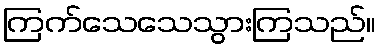
ကြက်သေသေသွားကြသည်။